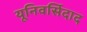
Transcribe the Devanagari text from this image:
यूनिवर्सिदाद